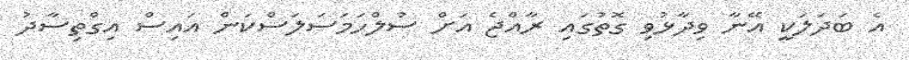
އެ ބަދަލަކީ އޭނާ ވިދާޅުވި ގޮތުގައި ރާއްޖެ އަށް ސުލްހަމަސަލަސްކަން އައިސް އިގްތިސާދު